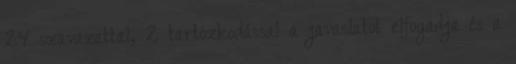
24 szavazattal, 2 tartózkodással a javaslatot elfogadja és a